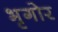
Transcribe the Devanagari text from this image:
भृगोर